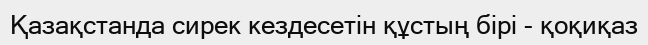
Қазақстанда сирек кездесетін құстың бірі - қоқиқаз